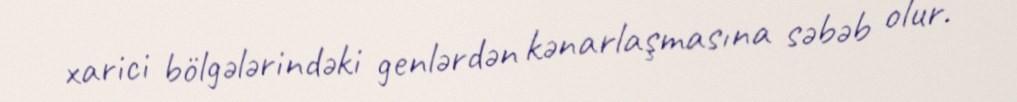
xarici bölgələrindəki genlərdən kənarlaşmasına səbəb olur.